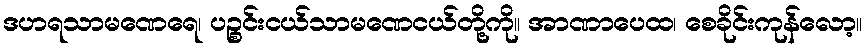
ဒဟရသာမဏေရေ၊ ပဉ္စင်းငယ်သာမဏေငယ်တို့ကို။ အာဏာပေထ၊ စေခိုင်းကုန်လော့။